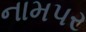
નામપર